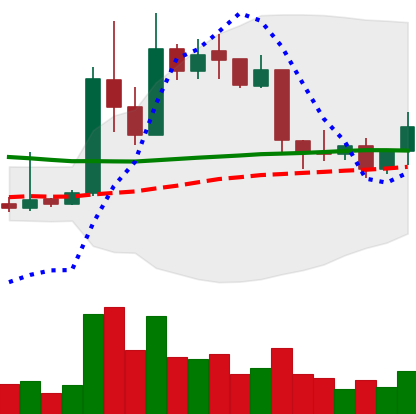
Ticker: XRP-USD
Chart end date: 2019-04-17
Forward return: -3.434%
Label: down_3_5